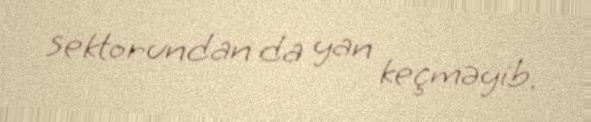
sektorundan da yan keçməyib.